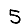
Digit: 5